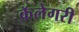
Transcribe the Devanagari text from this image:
कॅलेगरी